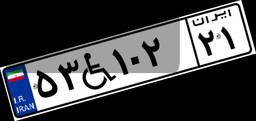
۵۳W۱۰۲۲۱